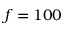
f = 1 0 0